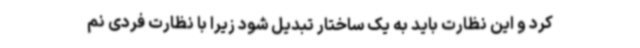
کرد و این نظارت باید به یک ساختار تبدیل شود زیرا با نظارت فردی نم